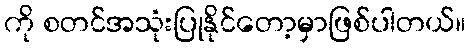
ကို စတင်အသုံးပြုနိုင်တော့မှာဖြစ်ပါတယ်။